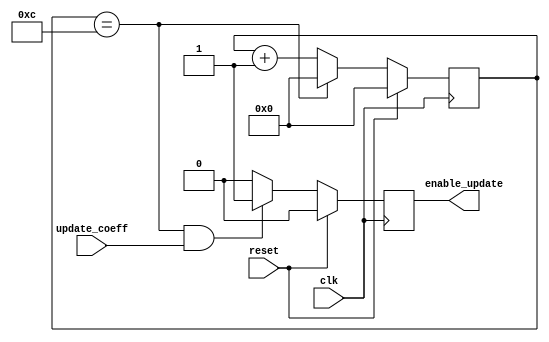
`timescale 1ns / 1ps
//////////////////////////////////////////////////////////////////////////////////
// Company: Kyushu Institute of Technology
// 
// Design Name:    Neural Network (using backpropagation)
// Module Name:    selector
// Project Name:   LSI Design Contest in Okinawa 2018
// Target Devices: 
// Tool versions: 
//
// Description: 
// 	selector for enable update when clock = N
// Input:
//		clk				: 1 bit
//		reset 			: 1 bit : high active
//      update_coeff    : 1 bit : high active
// Output: 
//		enable update	: 1 bit : high active
// Latency:
// 
// Dependencies: 
//
// Revision: 
// Revision 0.01 - File Created
// Name : date : what changed
// Additional Comments: 
//
//////////////////////////////////////////////////////////////////////////////////
module selector(
    input clk, 
    input reset, 
    input update_coeff,
	output reg enable_update
    );
  
  reg [7:0] counter;		  //'counter' counts the number of rising edges for system clock
  parameter N=13;    	      //no of clock to for 1 renewal
     
  always @ (posedge clk)
    begin
       if(reset==1)
           begin
             counter <= 4'b0000;
           end
       else 
           begin
             if(counter == (N-1))
                begin
                    counter <= 4'b0000;
                end
             else 
                begin
                    counter <= counter + 4'b0001;
                 end
            end
    end

  //'enable_update' is the sample clock, 'clock' is system clock
  always @(posedge clk) 
    begin
        if (reset==1) 
            begin
                enable_update <= 0;
            end
        else 
            begin
               if ((counter == (N-1)) & (update_coeff == 1'b1)) 
                    begin
                        enable_update <= 1;
                    end
               else
                    begin
                        enable_update <=0;
                    end
            end
    end

endmodule